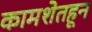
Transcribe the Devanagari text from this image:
कामशेतहून